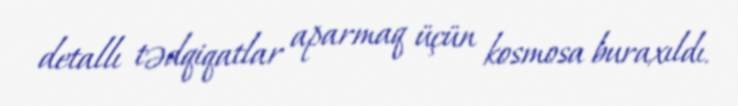
detallı tədqiqatlar aparmaq üçün kosmosa buraxıldı.